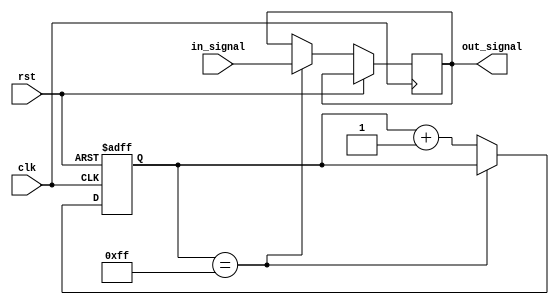
module rc_delay (
    input wire clk,
    input wire rst,
    input wire in_signal,
    output reg out_signal
);

reg [7:0] delay_count; // Adjust the delay by changing the width of this counter

always @(posedge clk or posedge rst) begin
    if (rst) begin
        delay_count <= 8'b0; // Reset delay count
    end else begin
        if (delay_count == 8'b11111111) begin
            out_signal <= in_signal;
        end else begin
            delay_count <= delay_count + 1'b1;
        end
    end
end

endmodule